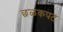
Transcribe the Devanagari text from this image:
छळकपट